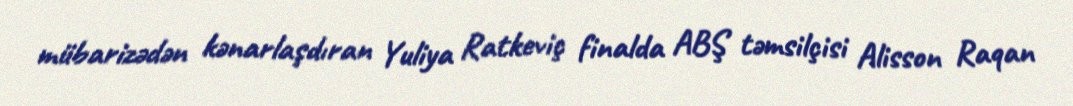
mübarizədən kənarlaşdıran Yuliya Ratkeviç finalda ABŞ təmsilçisi Alisson Raqan